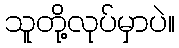
သူတို့လုပ်မှာပဲ။